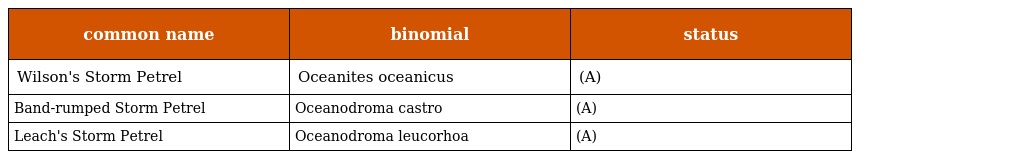
| common name | binomial | status |
 | --- | --- | --- |
 | Wilson's Storm Petrel | Oceanites oceanicus | (A) |
 | Band-rumped Storm Petrel | Oceanodroma castro | (A) |
 | Leach's Storm Petrel | Oceanodroma leucorhoa | (A) |